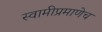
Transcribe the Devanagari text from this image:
स्वामीप्रमाणेच